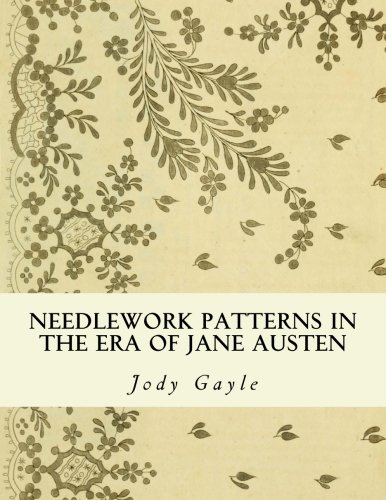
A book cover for Needlework Patterns in the Era of Jane Austen: Ackermann's Repository of Arts; Jody Gayle; Crafts, Hobbies & Home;